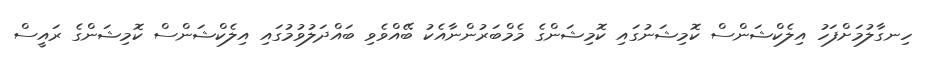
ހިނގާލުމަށްފަހު އިލެކްޝަންސް ކޮމިޝަނުގައި ކޮމިޝަންގެ މެމްބަރުންނާއެކު ބޭއްވެވި ބައްދަލުވުމުގައި އިލެކްޝަންސް ކޮމިޝަންގެ ރައީސް